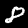
Digit: 8